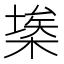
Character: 𣘂